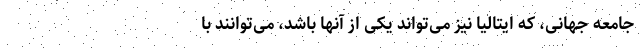
جامعه جهانی، که ایتالیا نیز می‌تواند یکی از آنها باشد، می‌توانند با